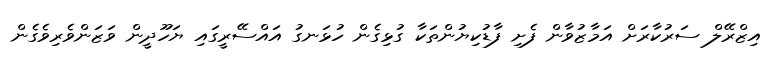
އިޒްރޭލް ސަރުކާރަށް އަމާޒުވާން ފެށި ފާޑުކިޔުންތަކާ ގުޅިގެން ހުޅަނގު އައްސޭރީގައި ޔަހޫދީން ވަޒަންވެރިވެގެން